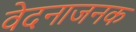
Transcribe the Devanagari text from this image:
वेदनाजनक